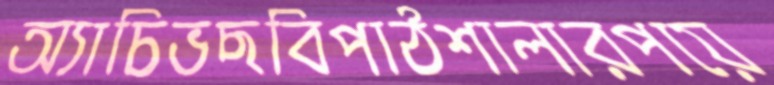
অ্যাচিভছবিপাঠশালারপয়ে